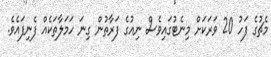
މެޗުގެ ފަހު 20 ވަރަކަށް މިނެޓުގައިވެސް ނިއުގެ ފަރާތުން ގިނަ ހަމަލާތަކެއް ފެނިފައެވެ.